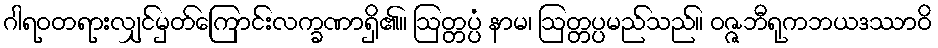
ဂါရဝတရားလျှင်မှတ်ကြောင်းလက္ခဏာရှိ၏။ ဩတ္တပ္ပံ နာမ၊ ဩတ္တပ္ပမည်သည်။ ဝဇ္ဇဘီရုကဘယဒဿာဝိ